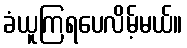
ခံယူကြရပေလိမ့်မယ်။